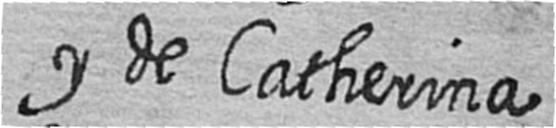
y de Catherina